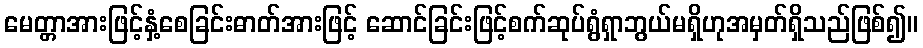
မေတ္တာအားဖြင့်နှံ့စေခြင်းဓာတ်အားဖြင့် ဆောင်ခြင်းဖြင့်စက်ဆုပ်ရွံရှာဘွယ်မရှိဟုအမှတ်ရှိသည်ဖြစ်၍။